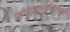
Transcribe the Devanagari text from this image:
फाइलालॅजिकल